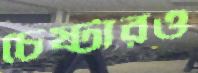
চেষ্টারও